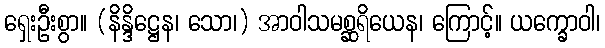
ရှေးဦးစွာ။ (နိန္ဒိဋ္ဌေန၊ သော၊) အာဝါသမစ္ဆရိယေန၊ ကြောင့်။ ယက္ခောဝါ၊